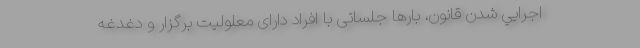
اجرايي شدن قانون، بارها جلساتى با افراد داراى معلوليت برگزار و دغدغه